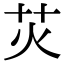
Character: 苂